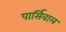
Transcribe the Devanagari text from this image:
पार्सिवाल